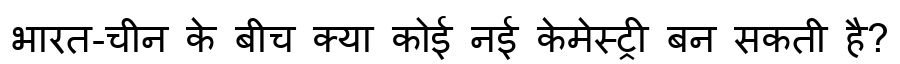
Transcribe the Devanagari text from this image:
भारत-चीन के बीच क्या कोई नई केमेस्ट्री बन सकती है?